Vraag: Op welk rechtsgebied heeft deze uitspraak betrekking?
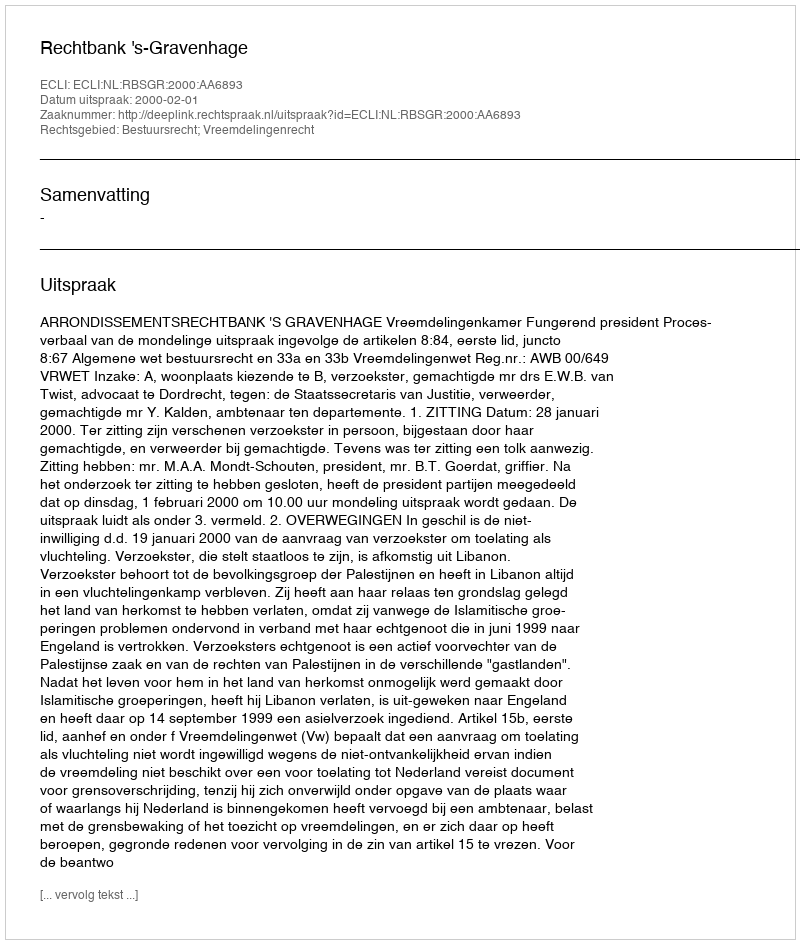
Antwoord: Bestuursrecht; Vreemdelingenrecht